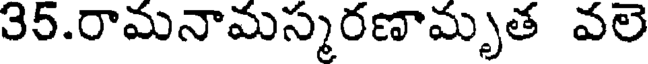
35.రామనామస్మరణామృత వలె